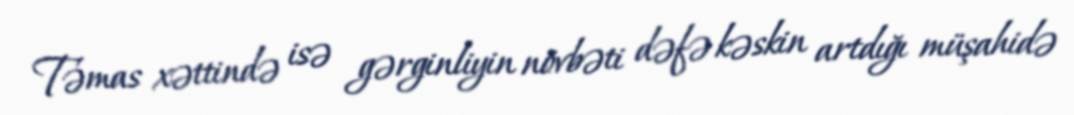
Təmas xəttində isə gərginliyin növbəti dəfə kəskin artdığı müşahidə